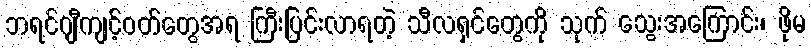
ဘရင်ဂျီကျင့်ဝတ်တွေအရ ကြီးပြင်းလာရတဲ့ သီလရှင်တွေကို သုက် သွေးအကြောင်း၊ ဖိုမ